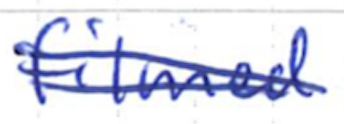
Text: filmed
Cross-out: double-line
Writing tool: ballpoint